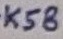
Text: K58